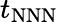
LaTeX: t_{\mathrm{NNN}}